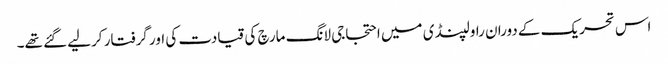
اس تحریک کے دوران راولپنڈی میں احتجاجی لانگ مارچ کی قیادت کی اور گرفتار کرلیے گئے تھے۔